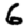
Digit: 6